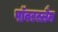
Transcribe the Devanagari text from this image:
पॉवरस्लैम